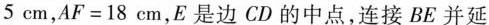
5cm，$$A F = 1 8 c m$$，E是边CD的中点，连接BE并延